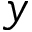
y